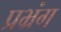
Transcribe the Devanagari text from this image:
प्रभ्रंग